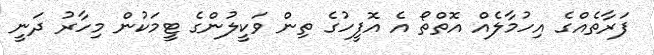
ފަރާތެއްގެ އިހުމާލެއް އޮތްތޯ އެ އޮފީހުގެ ތިން ވަކީލުންގެ ޓީމަކުން މިހާރު ދަނީ